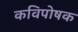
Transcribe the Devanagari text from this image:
कविपोषक